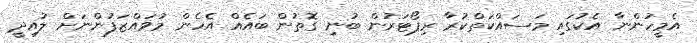
އެމީހުންނާ އެކުގައި މަސައްކަތްކުރާ ރިޕޯޓަރުން ބުނި ގޮތުން ބައެއް އެހެން މުވައްޒަފުންނަށް ލުއިދީ